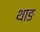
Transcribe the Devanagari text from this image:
थाङ